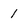
Character: 1